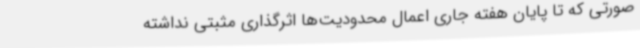
صورتی که تا پایان هفته جاری اعمال محدودیت‌ها اثرگذاری مثبتی نداشته